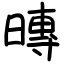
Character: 暷